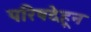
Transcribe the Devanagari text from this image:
परिषदेहून